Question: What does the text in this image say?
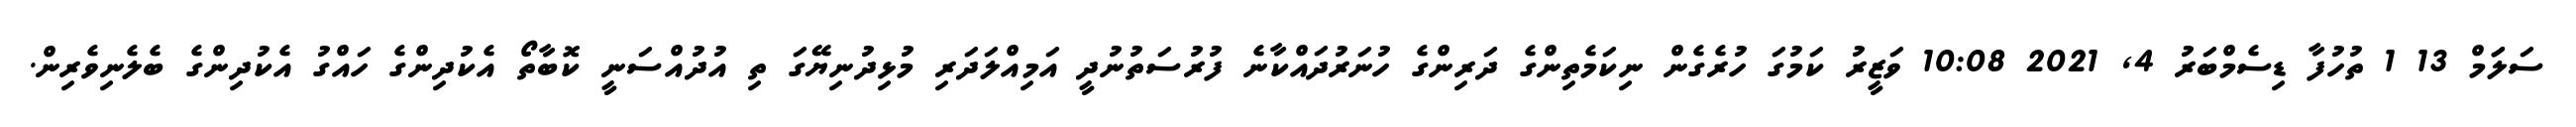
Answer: ސަލަަމް 13 1 ތުހުފާ ޑިސެމްބަރު 4, 2021 10:08 ވަޒީރު ކަމުގަ ހުރެގެން ނިކަމެތިންގެ ދަރިންގެ ހުނަރުދައްކާނެ ފުރުސަތުނުދީ އަމިއްލަދަރި މުޅިދުނިޔޭގަ ތި އުދުއްސަނީ ކޮބާތޯ އެކުދިންގެ ހައްގު އެކުދިންގެ ބެލެނިވެރިން.